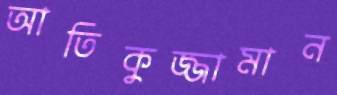
আতিকুজ্জামান